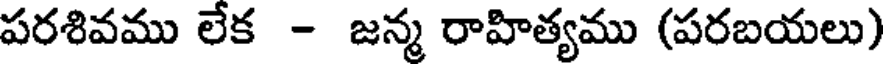
పరశివము లేక - జన్మ రాహిత్యము (పరబయలు)